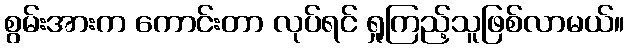
စွမ်းအားက ကောင်းတာ လုပ်ရင် ရှုကြည့်သူဖြစ်လာမယ်။